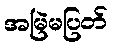
အမြဲမပြတ်